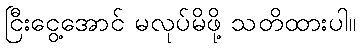
ငြီးငွေ့အောင် မလုပ်မိဖို့ သတိထားပါ။